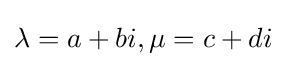
\lambda =a+bi,\mu =c+di